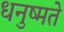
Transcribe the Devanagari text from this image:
धनुष्मते